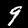
Label: 9